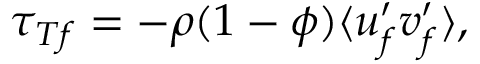
\tau _ { T f } = - \rho ( 1 - \phi ) \langle u _ { f } ^ { \prime } v _ { f } ^ { \prime } \rangle ,